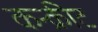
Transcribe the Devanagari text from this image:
कन्क्रीट